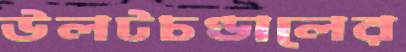
উলটচণ্ডালের